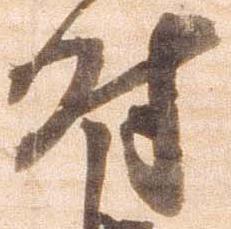
付